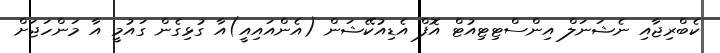
ކެބްރިޖާއި ނެޝަނަލް އިންސްޓިޓިއުޓް އޮފް އެޑިއުކޭޝަން (އެންއައިއީ)އާ ގުޅިގެން ގައުމީ އާ މަންހަޖަށް